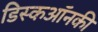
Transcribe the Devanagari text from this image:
डिस्कऑनकी